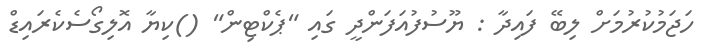
ހަޖަމުކުރުމަށް ލިބޭ ފައިދާ : ޔޫސުފުއަފަންދީ ގައި "ޕެކްޓިން" ()ކިޔާ އޮލިގޯސެކެރައިޑް